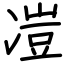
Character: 凒